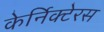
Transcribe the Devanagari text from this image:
केर्निक्टेरस